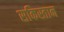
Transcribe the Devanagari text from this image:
सकिस्तान